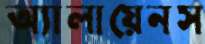
অ্যালায়েনস